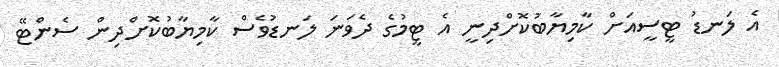
އެ ލަނޑު ޓީސީއަށް ކާމިޔާބުކޮށްދިނީ އެ ޓީމުގެ ދެވަނަ ލަނޑުވެސް ކާމިޔާބުކޮށްދިން ސެންޓޭ